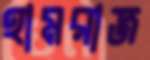
হামরাজ